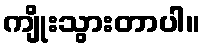
ကျိုးသွားတာပါ။